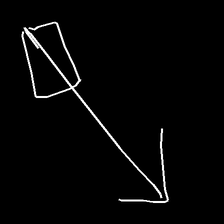
Glyph: focus